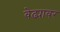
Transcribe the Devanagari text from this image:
वेढ्यावर